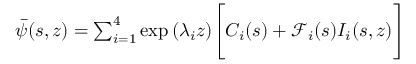
\begin{array} { r } { \bar { \psi } ( s , z ) = \sum _ { i = 1 } ^ { 4 } \exp { ( \lambda _ { i } z ) } \Bigg [ C _ { i } ( s ) + \mathscr { F } _ { i } ( s ) I _ { i } ( s , z ) \Bigg ] } \end{array}